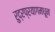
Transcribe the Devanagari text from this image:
रुद्रप्रयागमधून